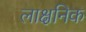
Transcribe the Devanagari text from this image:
लाक्षनिक